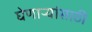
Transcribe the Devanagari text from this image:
घेणाऱ्यांसाठी